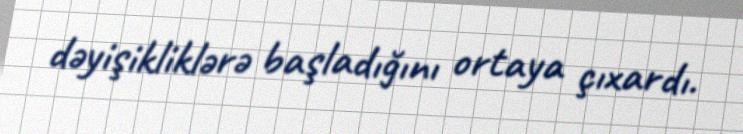
dəyişikliklərə başladığını ortaya çıxardı.